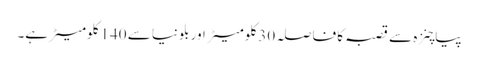
پیاچنزہ سے قصبہ کا فاصلہ 30 کلومیٹر اور بلونیا سے 140 کلومیٹر ہے۔